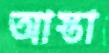
আস্তা